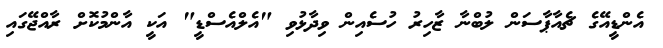
އެންޑީއޭގެ ޗެއާޕާސަން ލުބްނާ ޒާހިރު ހުސެއިން ވިދާޅުވި "އެލްއެސްޑީ" އަކީ އާންމުކޮށް ރާއްޖޭގައި